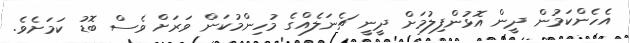
އެހެންކަމުން ދީން އޮޅުންފިލުމަށް ދީނީ ޗެނަލެއްގެ މުހިންމުކަން ވަރަށް ވެސް ބޮޑު ކަމަށެވެ.